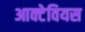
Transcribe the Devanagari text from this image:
आक्टेवियस